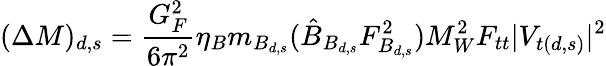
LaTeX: (\Delta M)_{d,s}=\frac{G_{F}^{2}}{6\pi^{2}}\eta_{B}m_{B_{d,s}}(\hat{B}_{B_{d,s}}F_{B_{d,s}}^{2})M_{W}^{2}F_{tt}|V_{t(d,s)}|^{2}